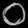
Digit: ၀